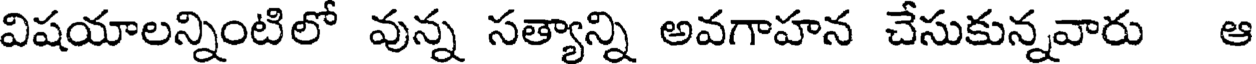
విషయాలన్నింటిలో వున్న సత్యాన్ని అవగాహన చేసుకున్నవారు ఆ